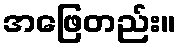
အဖြေတည်း။